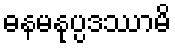
ဓနမနုပ္ပဒဿာမိ